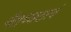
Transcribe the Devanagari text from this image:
नैतच्छठत्वं